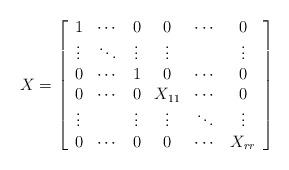
LaTeX: \begin{align*}X = \left[\begin{array}{cccccc} 1 & \cdots & 0 & 0 & \cdots & 0 \\ \vdots & \ddots & \vdots & \vdots & & \vdots \\ 0 & \cdots & 1 & 0 & \cdots & 0 \\ 0 & \cdots & 0 & X_{11} & \cdots & 0 \\ \vdots & & \vdots & \vdots & \ddots & \vdots \\ 0 & \cdots & 0 & 0 & \cdots & X_{rr} \end{array}\right]\end{align*}